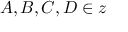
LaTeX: A , B , C , D \in z